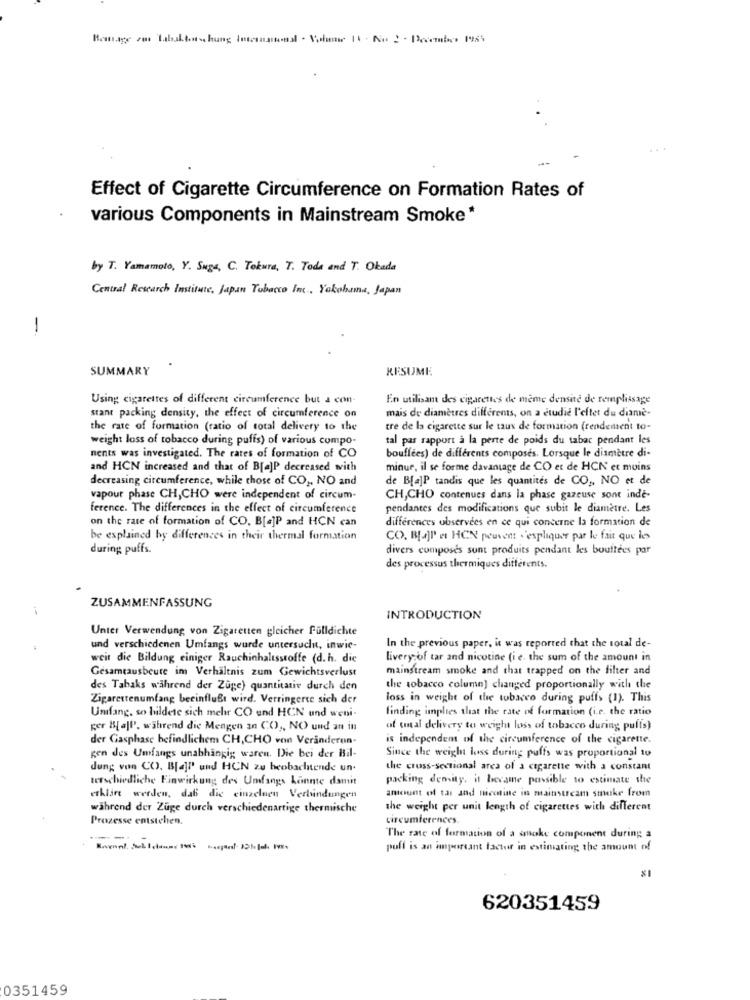
...
Effect of Cigarette Circumference on Formation Rates of
various Components in Mainstream Smoke*
by T. Yamamoto, Y. Suga, C. Tokura, T. Toda and T. Okada
Central Research Institute, Japan Tobacco Inc. Yokohama, Japan
-
SUMMARY
RESUME
Using cigarettes of different circumference but a con
En utilisant des cigarettes de même densité de remplissage
mais de diamètres différents, on a etudie l'effet du diamè-
stant packing density, the effect of circumference on
the rate of formation (ratio of total delivery to the
tre de la cigarette sur le taux de formation (rendement to-
weight loss of tobacco during puffs) of various compo-
tal par rapport à la perte de poids du tabac pendant les
nents was investigated. The rates of formation of CO
bouffées) de différents composés. Lorsque le diamètre di-
and HCN increased and that of B[a]P decreased with
minue, il se forme davantage de CO et de HCN' et moins
decreasing circumference, while those of CO ,, NO and
de B[a]P tandis que les quantités de CO ,, NO et de
vapour phase CH,CHO were independent of circum-
CH,CHO contenues dans la phase gazeuse sont inde-
ference. The differences in the effect of circumference
pendantes des modifications que subit le diamètre. Les
on the rate of formation of CO, B[a]P and HCN can
différences observées en ce qui concerne la formation de
be explained by differences in their thermal formation
CO. B[4]I c HCN peuvent . 'expliquer par le fait que les
during puffs.
divers composes sunt produits pendant les bouffées par
des processus thermiques différents.
ZUSAMMENFASSUNG
INTRODUCTION
Unter Verwendung von Zigaretten gleicher fülldichte
und verschiedenen Umfangs wurde untersucht, inwic-
In the previous paper, it was reported that the total de-
weit die Bildung einiger Rauchinhaltsstoffe (d.h. die
livery of tar and nicotine (i e. the sum of the amount in
Gesamtausbeute im Verhältnis zum Gewichtsverlust
mainstream smoke and that trapped on the filter and
des Tabaks während der Zuge) quantitativ durch den
the tobacco column] changed proportionally with the
Zigarettenumfang beeinflußt wird. Verringerte sich der
loss in weight of the tobacco during puffs (1). This
finding implies that the rate of formation (i.e. the ratio
Umfang, so bildete sich mehr CO und HCN und weni-
ger B[ all', während die Mengen an CO) ,, NO) und an in
of total delivery to weight loss of tobacco during puffs)
der Gasphase befindlichem CH,CHO von Veranderen-
is independem of the circumference of the cigarette.
gen des Umfangs unabhängig waren. Die bei der Bil-
Since the weight loss during puffs was proportional to
dung von CC). B[4][ und HCN zu beobachtende un.
the cross-sectional area of a cigarette with a constant
terschiedliche Einwirkung des Umfangs konnte damit
packing density, it became possible to estimate the
erklärt werden, daß die einzelnen Verbindungen
amount of tas and nicotine in mainstream smoke from
während der Zuge durch verschiedenartige thermische
the weight per unit length of cigarettes with different
Prozesse entstehen.
circumferences.
The rate of formation of a smoke component during a
puff is an important factor in estimating the amount of
620351459
0351459